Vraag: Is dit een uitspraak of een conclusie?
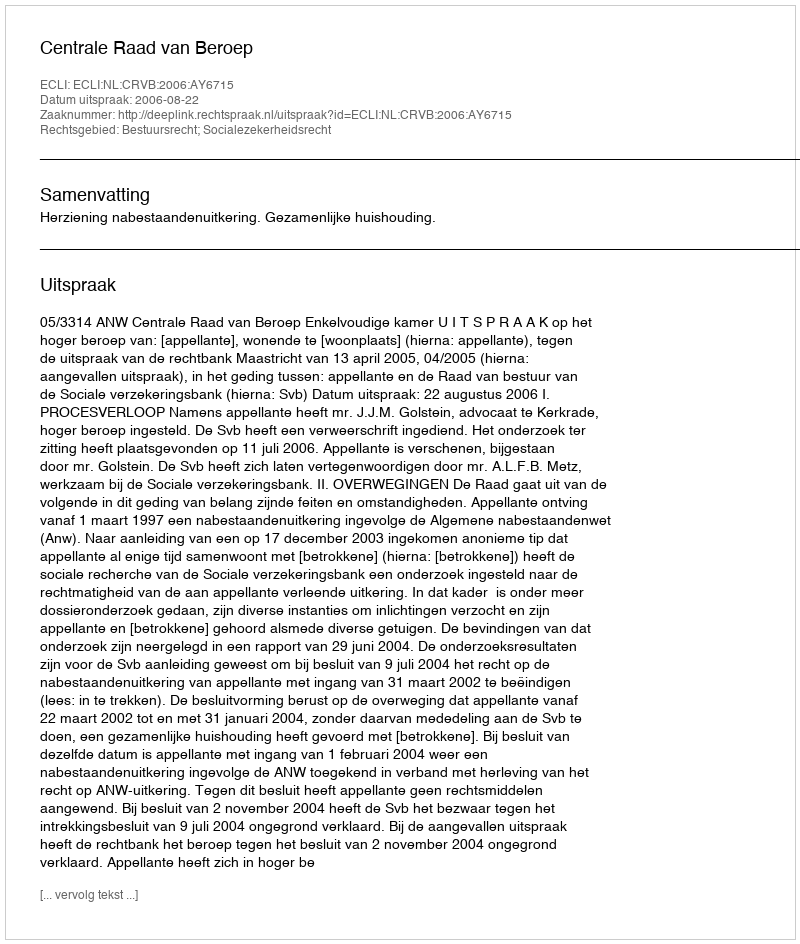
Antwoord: Uitspraak